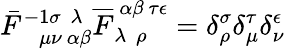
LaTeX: \bar{F}_{~~~~\mu\nu~\alpha\beta}^{-1\sigma~~\lambda}\overline{{F}}_{\lambda~~\rho}^{~\alpha\beta~\tau\epsilon}=\delta_{\rho}^{\sigma}\delta_{\mu}^{\tau}\delta_{\nu}^{\epsilon}